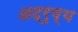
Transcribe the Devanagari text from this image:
अद्रुष्य